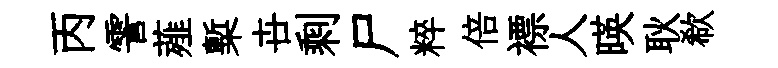
丙霅薤槧卋剩尸粹倍褾人暎耿欷